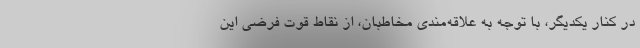
در کنار یکدیگر، با توجه به علاقه‌مندی مخاطبان، از نقاط قوت فرضی این